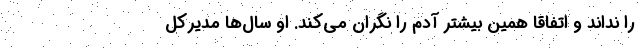
را نداند و اتفاقا همین بیشتر آدم را نگران می‌کند. او سال‌ها مدیرکل